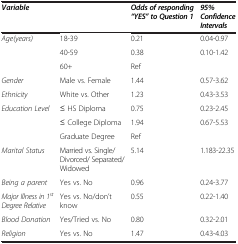
<table><thead><tr><td><b><i>Variable</i></b></td><td><b> </b></td><td><b><i>Odds of responding “YES” to Question 1</i></b></td><td><b><i>95% Confidence Intervals</i></b></td></tr></thead><tbody><tr><td><i>Age(years)</i></td><td>18-39</td><td>0.21</td><td>0.04-0.97</td></tr><tr><td> </td><td>40-59</td><td>0.38</td><td>0.10-1.42</td></tr><tr><td> </td><td>60+</td><td>Ref</td><td> </td></tr><tr><td><i>Gender</i></td><td>Male vs. Female</td><td>1.44</td><td>0.57-3.62</td></tr><tr><td><i>Ethnicity</i></td><td>White vs. Other</td><td>1.23</td><td>0.43-3.53</td></tr><tr><td><i>Education Level</i></td><td>≤ HS Diploma</td><td>0.75</td><td>0.23-2.45</td></tr><tr><td> </td><td>≤ College Diploma</td><td>1.94</td><td>0.67-5.53</td></tr><tr><td> </td><td>Graduate Degree</td><td>Ref</td><td> </td></tr><tr><td><i>Marital Status</i></td><td>Married vs. Single/Divorced/ Separated/Widowed</td><td>5.14</td><td>1.183-22.35</td></tr><tr><td><i>Being a parent</i></td><td>Yes vs. No</td><td>0.96</td><td>0.24-3.77</td></tr><tr><td><i>Major Illness in 1</i><sup><i>st</i></sup><i>Degree Relative</i></td><td>Yes vs. No/don’t know</td><td>0.55</td><td>0.22-1.40</td></tr><tr><td><i>Blood Donation</i></td><td>Yes/Tried vs. No</td><td>0.80</td><td>0.32-2.01</td></tr><tr><td><i>Religion</i></td><td>Yes vs. No</td><td>1.47</td><td>0.43-4.03</td></tr></tbody></table>